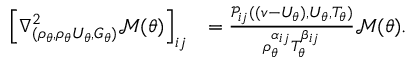
\begin{array} { r l } { \left[ \nabla _ { ( \rho _ { \theta } , \rho _ { \theta } U _ { \theta } , G _ { \theta } ) } ^ { 2 } \mathcal { M } ( \theta ) \right] _ { i j } } & { = \frac { \mathcal { P } _ { i j } ( ( v - U _ { \theta } ) , U _ { \theta } , T _ { \theta } ) } { \rho _ { \theta } ^ { \alpha _ { i j } } T _ { \theta } ^ { \beta _ { i j } } } \mathcal { M } ( \theta ) . } \end{array}